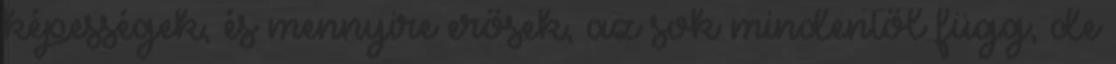
képességek, és mennyire erősek, az sok mindentől függ, de